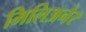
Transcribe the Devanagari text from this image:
मिलिअनेर